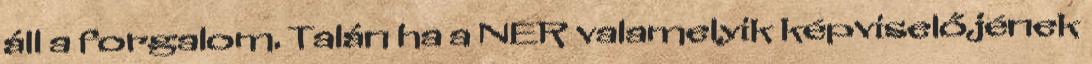
áll a forgalom. Talán ha a NER valamelyik képviselőjének